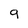
Character: g